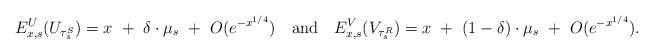
LaTeX: \begin{align*}E_{x,s}^U(U_{\tau_s^S}) = x ~+~ \delta \cdot \mu_s ~+~ O(e^{-x^{1/4}}) ~~\mbox{ and }~~E_{x,s}^V(V_{\tau_s^R}) = x ~+~ (1-\delta) \cdot \mu_s ~+~ O(e^{-x^{1/4}}).\end{align*}